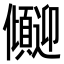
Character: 𫤏